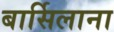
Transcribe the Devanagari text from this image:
बार्सिलाना